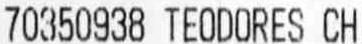
70350938 TEODORES CH